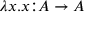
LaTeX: \lambda x . x { \mathrel { : } } A \to A